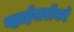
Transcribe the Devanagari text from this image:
व्हाईसरॉयने